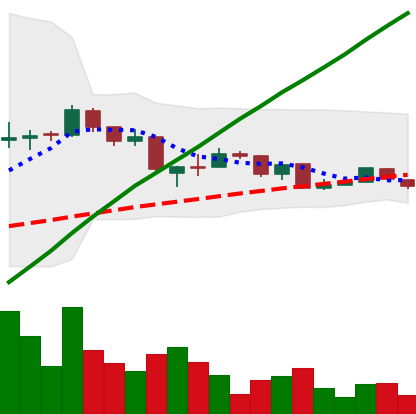
Ticker: LTC-USD
Chart end date: 2015-08-13
Forward return: -10.582%
Label: down_7plus